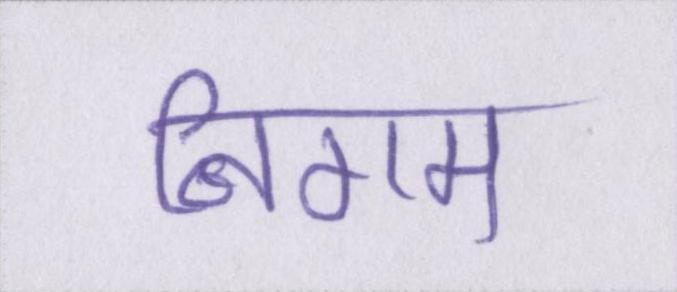
निगम